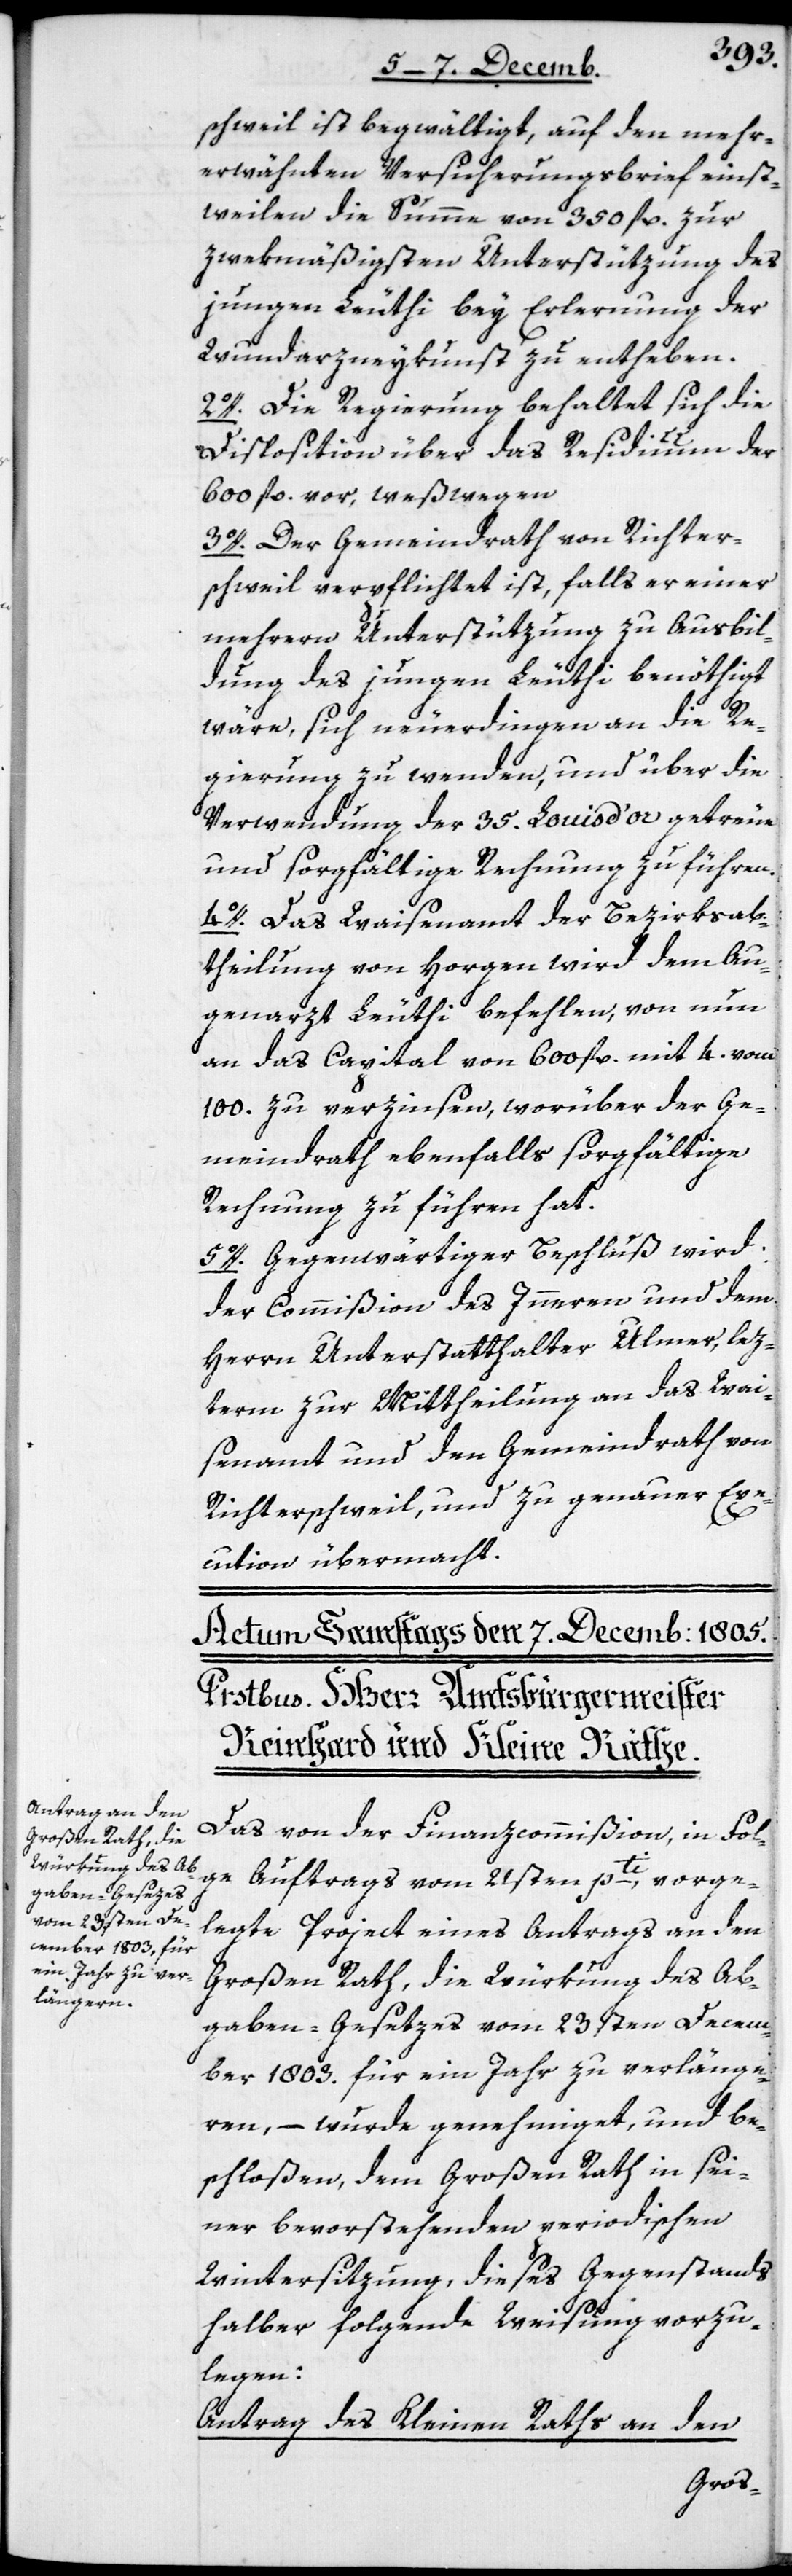
schweil ist begwältigt, auf den mehr¬
erwähnten Versicherungsbrief einst¬
weilen die Summe von 350 fl. zur
zwekmäßigsten Unterstützung des
jungen Leuthi bey Erlernung der
Wundarzneykunst zu entheben.
2o. Die Regierung behaltet sich die
Disposition über das Residiuum der
600 fl. vor, weßwegen
3o. der Gemeindrath von Richter¬
schweil verpflichtet ist, falls er einer
mehrern Unterstützung zu Ausbil¬
dung des jungen Leuthi benöthigt
wäre, sich neuerdingen an die Re¬
gierung zu wenden, und über die
Verwendung der 35. Louis d’or getreue
und sorgfältige Rechnung zu führen.
4o. Das Waisenamt der Bezirksab¬
theilung von Horgen wird dem Au¬
genarzt Leuthi befehlen, von nun
an das Capital von 600 fl. mit 4. vom
100. verzinsen, worüber der Ge¬
meindrath ebenfalls sorgfältige
Rechnung zu führen hat.
5o. Gegenwärtiger Beschluß wird
der Commißion des Innern und dem
Herrn Unterstatthalter Ulmer, lez¬
term zur Mittheilung an das Wai¬
senamt und den Gemeindrath von
Richterschweil und zu genauer Exe¬
cution übermacht.
Das von der Finanzcommißion, in Fol¬
ge Auftrags vom 21sten pti. vorge¬
legte Project eines Antrags an den
Großen Rath, die Würkung des Ab¬
gaben-Gesetzes vom 23sten Decem¬
ber 1803. für ein Jahr zu verlänge¬
ren, – wurde genehmiget, und be¬
schloßen, dem großen Rath in sei¬
ner bevorstehenden periodischen
Wintersitzung, dieses Gegenstands
halber folgende Weisung vorzu¬
legen:
Antrag des Kleinen Raths an den